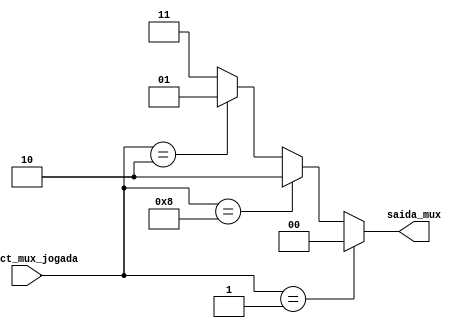
/*

        Modulo de mux responsvel por decodificar a jogada realizada pelo jogador em um opcode para o salvamento dos tiros.

*/

module mux_reg_jogada (
        input [3:0] select_mux_jogada,
        output [1:0] saida_mux
        );

        assign saida_mux = select_mux_jogada == 4'b0001 ? 2'b00 : 
                           select_mux_jogada == 4'b1000 ? 2'b10 :
                           select_mux_jogada == 4'b0010 ? 2'b01 : 2'b11;
endmodule